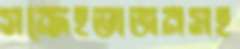
সন্দেহভাজনসহ